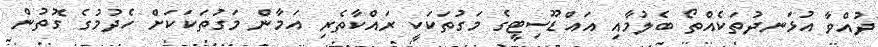
ދުއްވާ އުޅަނދުތަކެއްތޯ ބެލުމާއި އައްޑޫސިޓީގެ މަގުތަކަކީ ރައްކާތެރި އަމާން މަގުތަކަކަށް ހެދުމުގެ ގޮތުން